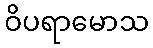
ဝိပရာမောသ